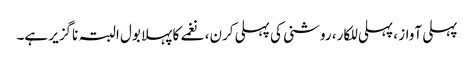
پہلی آواز ، پہلی للکار، روشنی کی پہلی کرن، نغمے کا پہلا بول البتہ ناگزیر ہے۔